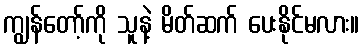
ကျွန်တော့်ကို သူနဲ့ မိတ်ဆက် ပေးနိုင်မလား။